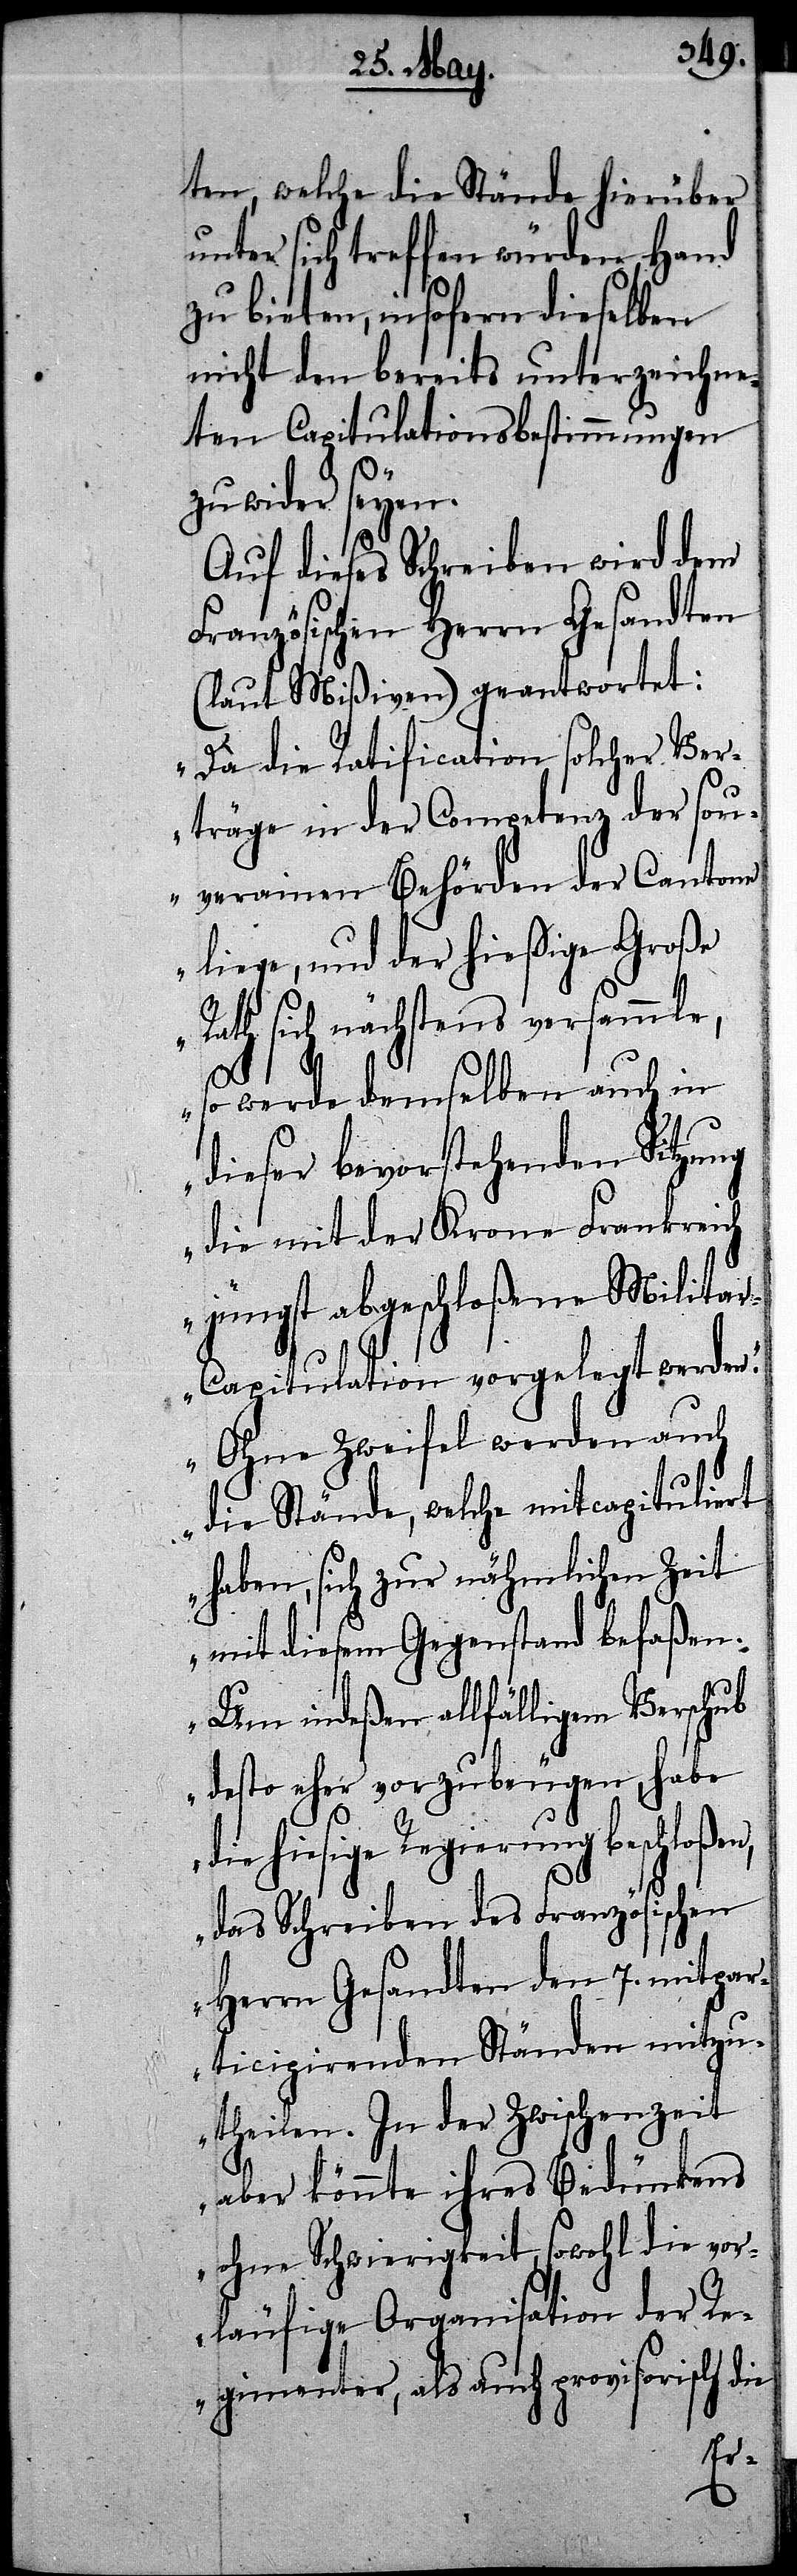
ten, welche die Stände hierüber
unter sich treffen würden, Hand
zu bieten, insofern dieselben
nicht den bereits unterzeichne¬
ten Capitulationsbestimmungen
zu wider seyen.
Auf dieses Schreiben wird dem
Französischen Herrn Gesandten
(laut Mißiven) geantwortet:
„Da die Ratification solcher Ver¬
träge in der Competenz der sou¬
verainen Behörden der Cantone
liege, und der hießige Große
Rath sich nächstens versammle,
so werde demselben auch in
dieser bevorstehenden Sitzung
die mit der Krone Frankreich
jüngst abgeschloßene Milita¬
r-Capitulation vorgelegt werden.
Ohne Zweifel werden auch
die Stände, welche mitcapituliert
haben, sich zur nähmlichen Zeit
mit diesem Gegenstand befaßen.
Um indeßen allfälligem Verschub
desto eher vorzubeugen, habe
die hiesige Regierung beschloßen,
das Schreiben des Französischen
Herrn Gesandten den 7. mitpar¬
ticipierenden Ständen mitzu¬
theilen. In der Zwischenzeit
aber könnte ihres Bedünkens
ohne Schwierigkeit, sowohl die vor¬
läufige Organisation der Re¬
gimenter, als auch provisorisch die